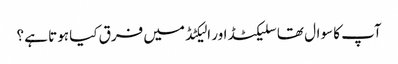
آپ کا سوال تھا سلیکٹڈ اور الیکٹڈ میں فرق کیا ہوتا ہے ؟